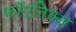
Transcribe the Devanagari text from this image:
फॉएनिक्स